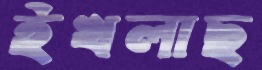
ইখলাছ